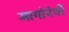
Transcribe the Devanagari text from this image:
मायोपेथी